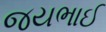
જયભાઈ